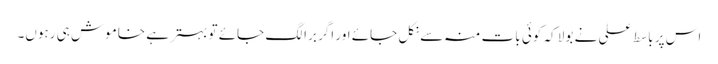
اس پر باسط علی نے بولا کہ کوئی بات منہ سے نکل جائے اور اگر برا لگ جائے تو بہتر ہے خاموش ہی رہوں۔